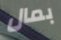
بمال